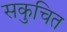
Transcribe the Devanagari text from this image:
सकुचित